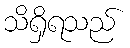
သိရှိရသည်